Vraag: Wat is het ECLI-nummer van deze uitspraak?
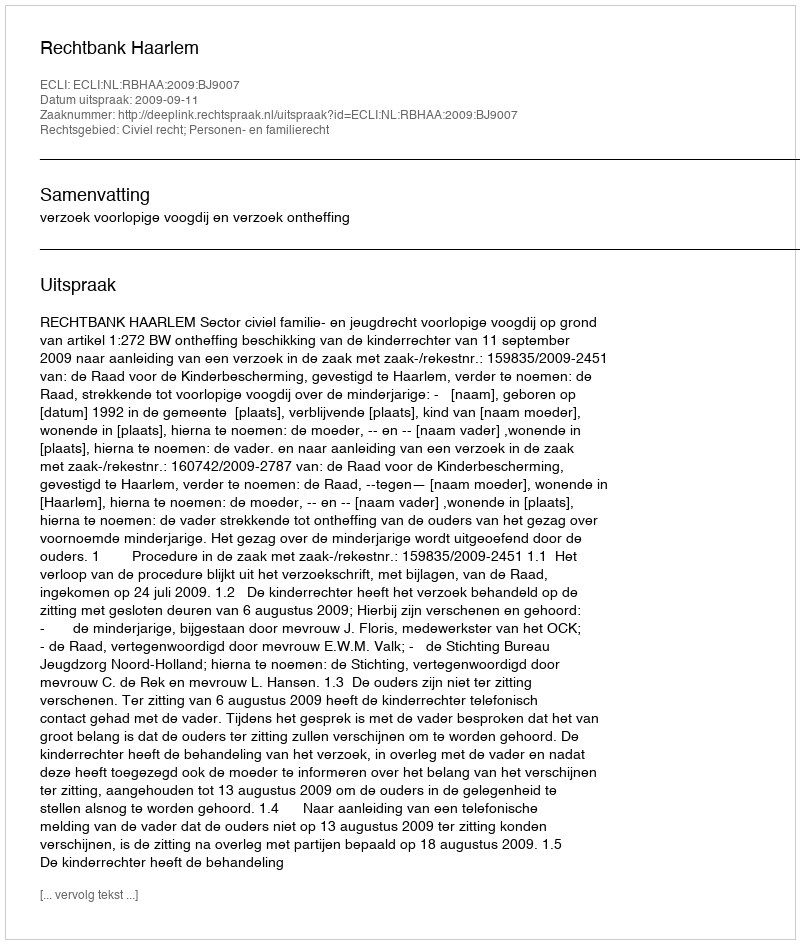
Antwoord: ECLI:NL:RBHAA:2009:BJ9007